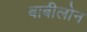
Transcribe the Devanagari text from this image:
बाबीलोन